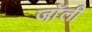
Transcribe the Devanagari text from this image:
जाॅली